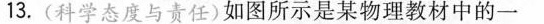
13.(科学态度与责任)如图所示是某物理教材中的一